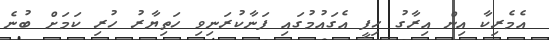
އެމެރިކާ އިން އިރާގު ހިފީ އެގައުމުގައި ފަނާކުރަނިވި ހަތިޔާރު ހުރި ކަމަށް ބުނެ